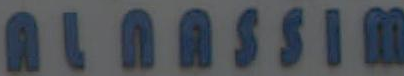
ALAASSIM